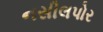
નસીલપોર